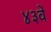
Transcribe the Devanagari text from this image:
४३वें